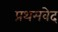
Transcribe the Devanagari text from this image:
प्रथमवेद